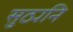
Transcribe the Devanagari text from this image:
सुठ्यनि